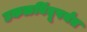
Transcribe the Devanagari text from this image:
उकळबिंदूपर्यंत